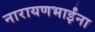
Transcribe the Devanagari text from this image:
नारायणभाईंना